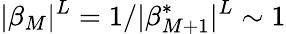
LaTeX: |\beta_{M}|^{L}=1/|\beta_{M+1}^{\ast}|^{L}\sim 1